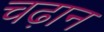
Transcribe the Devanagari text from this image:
चढ़ान